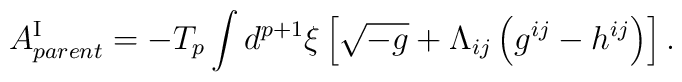
A^{{\rm I}}_{parent}=-T_{p}\int d^{p+1}{\xi}\left[\sqrt{-g}+{\Lambda}_{ij}\left(g^{ij}-h^{ij}\right)\right].